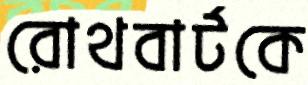
রোথবার্টকে